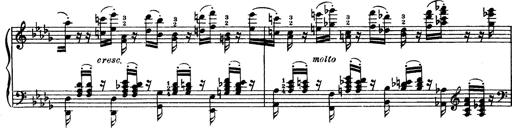
Title: Paraphrase de concert sur Rigoletto
Composer: Franz Liszt